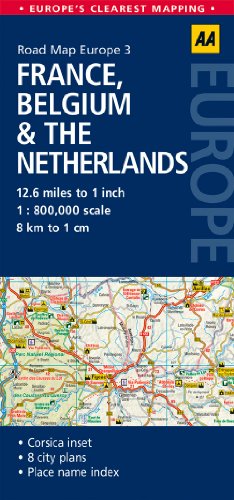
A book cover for Road Map France, Belgium & the Netherlands (Road Map Europe); AA Publishing; Travel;